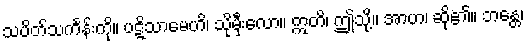
သပိတ်သင်္ကန်းကို။ ပဋိသာမေဟိ၊ သိုမှီးလော။ ဣတိ၊ ဤသို့။ အာဟ၊ ဆို၏။ ဘန္တေ၊